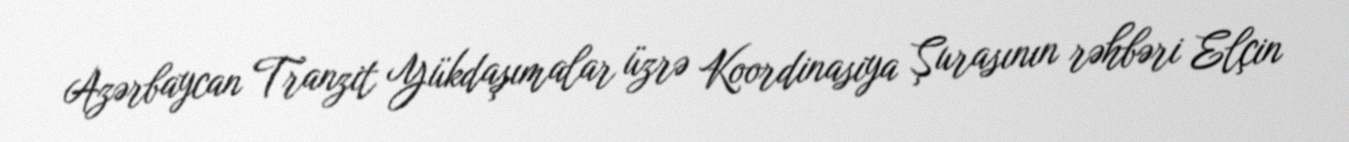
Azərbaycan Tranzit Yükdaşımalar üzrə Koordinasiya Şurasının rəhbəri Elçin